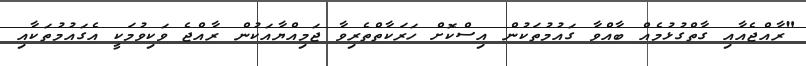
"ރާއްޖެއާއި ގާތްގުޅުމެއް ބާއްވާ ގައުމުތަކުން އިސްކޮށް ހަރަކާތްތެރިވާ ޖަމިއްޔާއަކުން ރާއްޖެ ވަކިވުމަކީ އެގައުމުތަކާއި